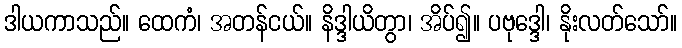
ဒါယကာသည်။ ထေကံ၊ အတန်ငယ်။ နိဒ္ဒါယိတွာ၊ အိပ်၍။ ပဗုဒ္ဒေါ၊ နိုးလတ်သော်။